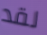
لقد